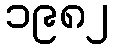
၁၉၈၂